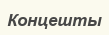
Концешты